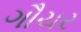
ગૌચર